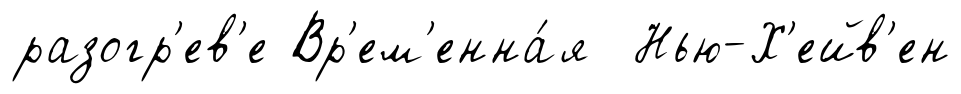
разогр'ев'е Вр'ем'енна́я Нью-Х'ейв'ен